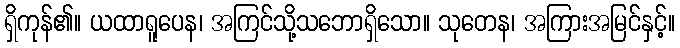
ရှိကုန်၏။ ယထာရူပေန၊ အကြင်သို့သဘောရှိသော။ သုတေန၊ အကြားအမြင်နှင့်။